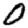
Digit: 0